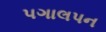
પગાલપન